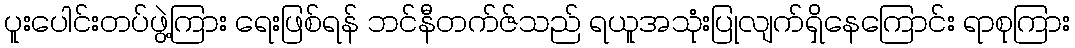
ပူးပေါင်းတပ်ဖွဲ့ကြား ရေးဖြစ်ရန် ဘင်နီတက်ဇ်သည် ရယူအသုံးပြုလျက်ရှိနေကြောင်း ရာစုကြား